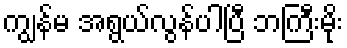
ကျွန်မ အရွယ်လွန်ပါပြီ ဘကြီးမိုး